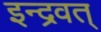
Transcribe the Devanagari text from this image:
इन्द्रवत्